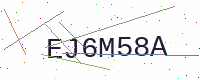
Text: EJ6M58A